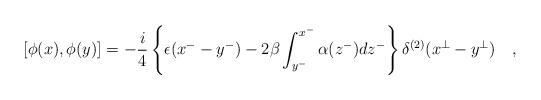
\begin{align*}\left[\phi(x),\phi(y)\right]=-\frac{i}{4}\left\{\epsilon(x^--y^-)-2\beta \int_{y^-}^{x^-} \alpha(z^-)dz^- \right\}\delta^{(2)} (x^{\bot}-y^{\bot})\quad , \end{align*}